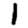
Digit: 1